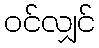
ဝင်လျှင်